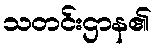
သတင်းဌာန၏